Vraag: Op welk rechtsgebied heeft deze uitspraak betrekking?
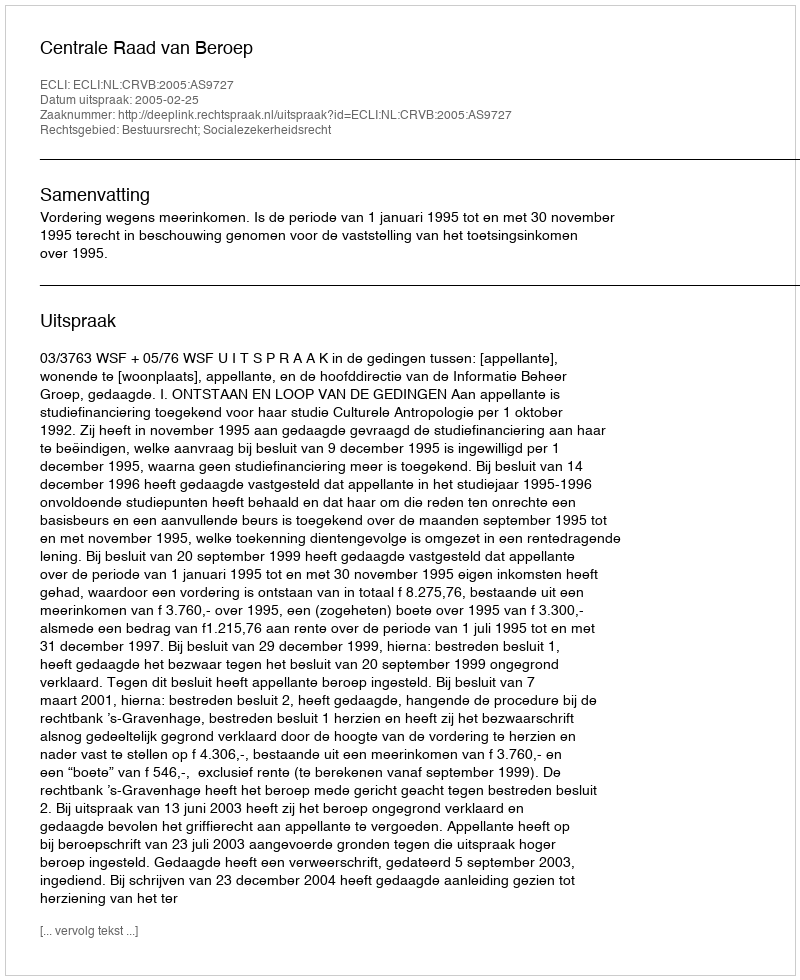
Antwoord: Bestuursrecht; Socialezekerheidsrecht